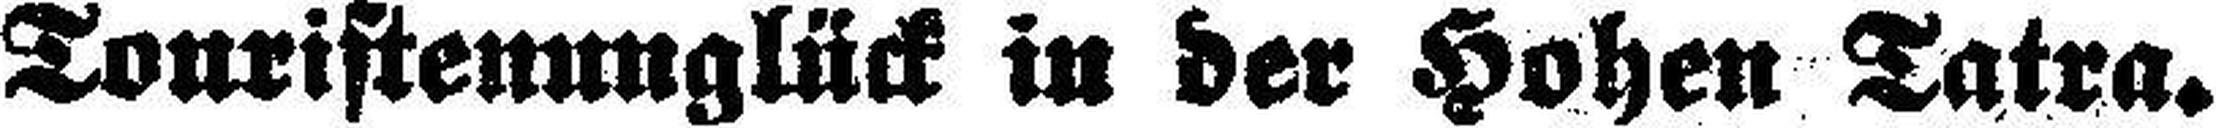
Touristenunglück in der Hohen Tatra.